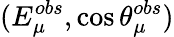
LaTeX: (E_{\mu}^{obs},\cos\theta_{\mu}^{obs})